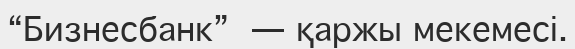
“Бизнесбанк”  — қаржы мекемесі.